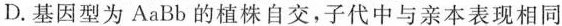
D.基因型为AaBb的植株自交，子代中与亲本表现相同